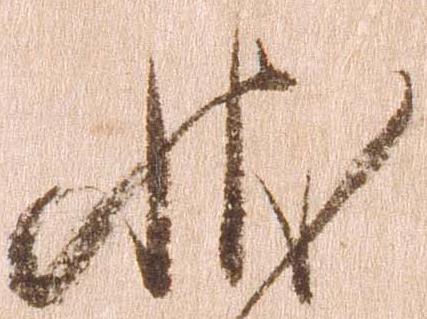
状